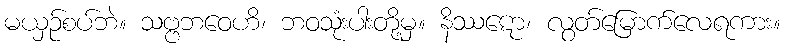
မယှဉ်စပ်ဘဲ။ သဗ္ဗဘဝေဟိ၊ ဘဝသုံးပါးတို့မှ။ နိဿဋော၊ လွတ်မြောက်လေရကား။